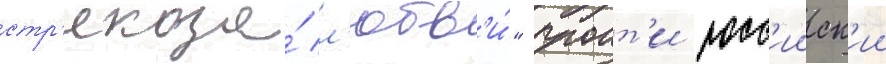
стр'екоза́ л'юбв'и́" проит'и росс'ииск'ии